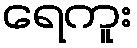
ရေကူး